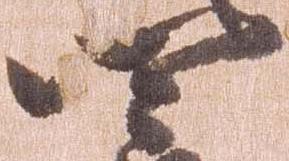
四